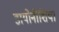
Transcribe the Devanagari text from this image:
डायोनीशिया